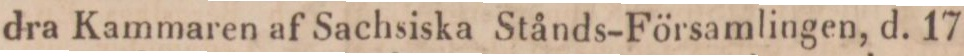
dra Kammaren af Sachsiska Stånds-Församlingen, d. 17